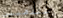
ستذهبين